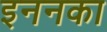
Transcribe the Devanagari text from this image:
इननका